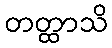
တတ္ထာသိ